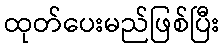
ထုတ်ပေးမည်ဖြစ်ပြီး